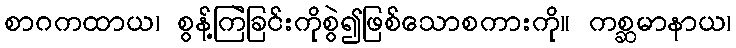
စာဂကထာယ၊ စွန့်ကြဲခြင်းကိုစွဲ၍ဖြစ်သောစကားကို။ ကစ္ဆမာနာယ၊